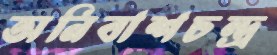
অনিবাশচন্দ্র